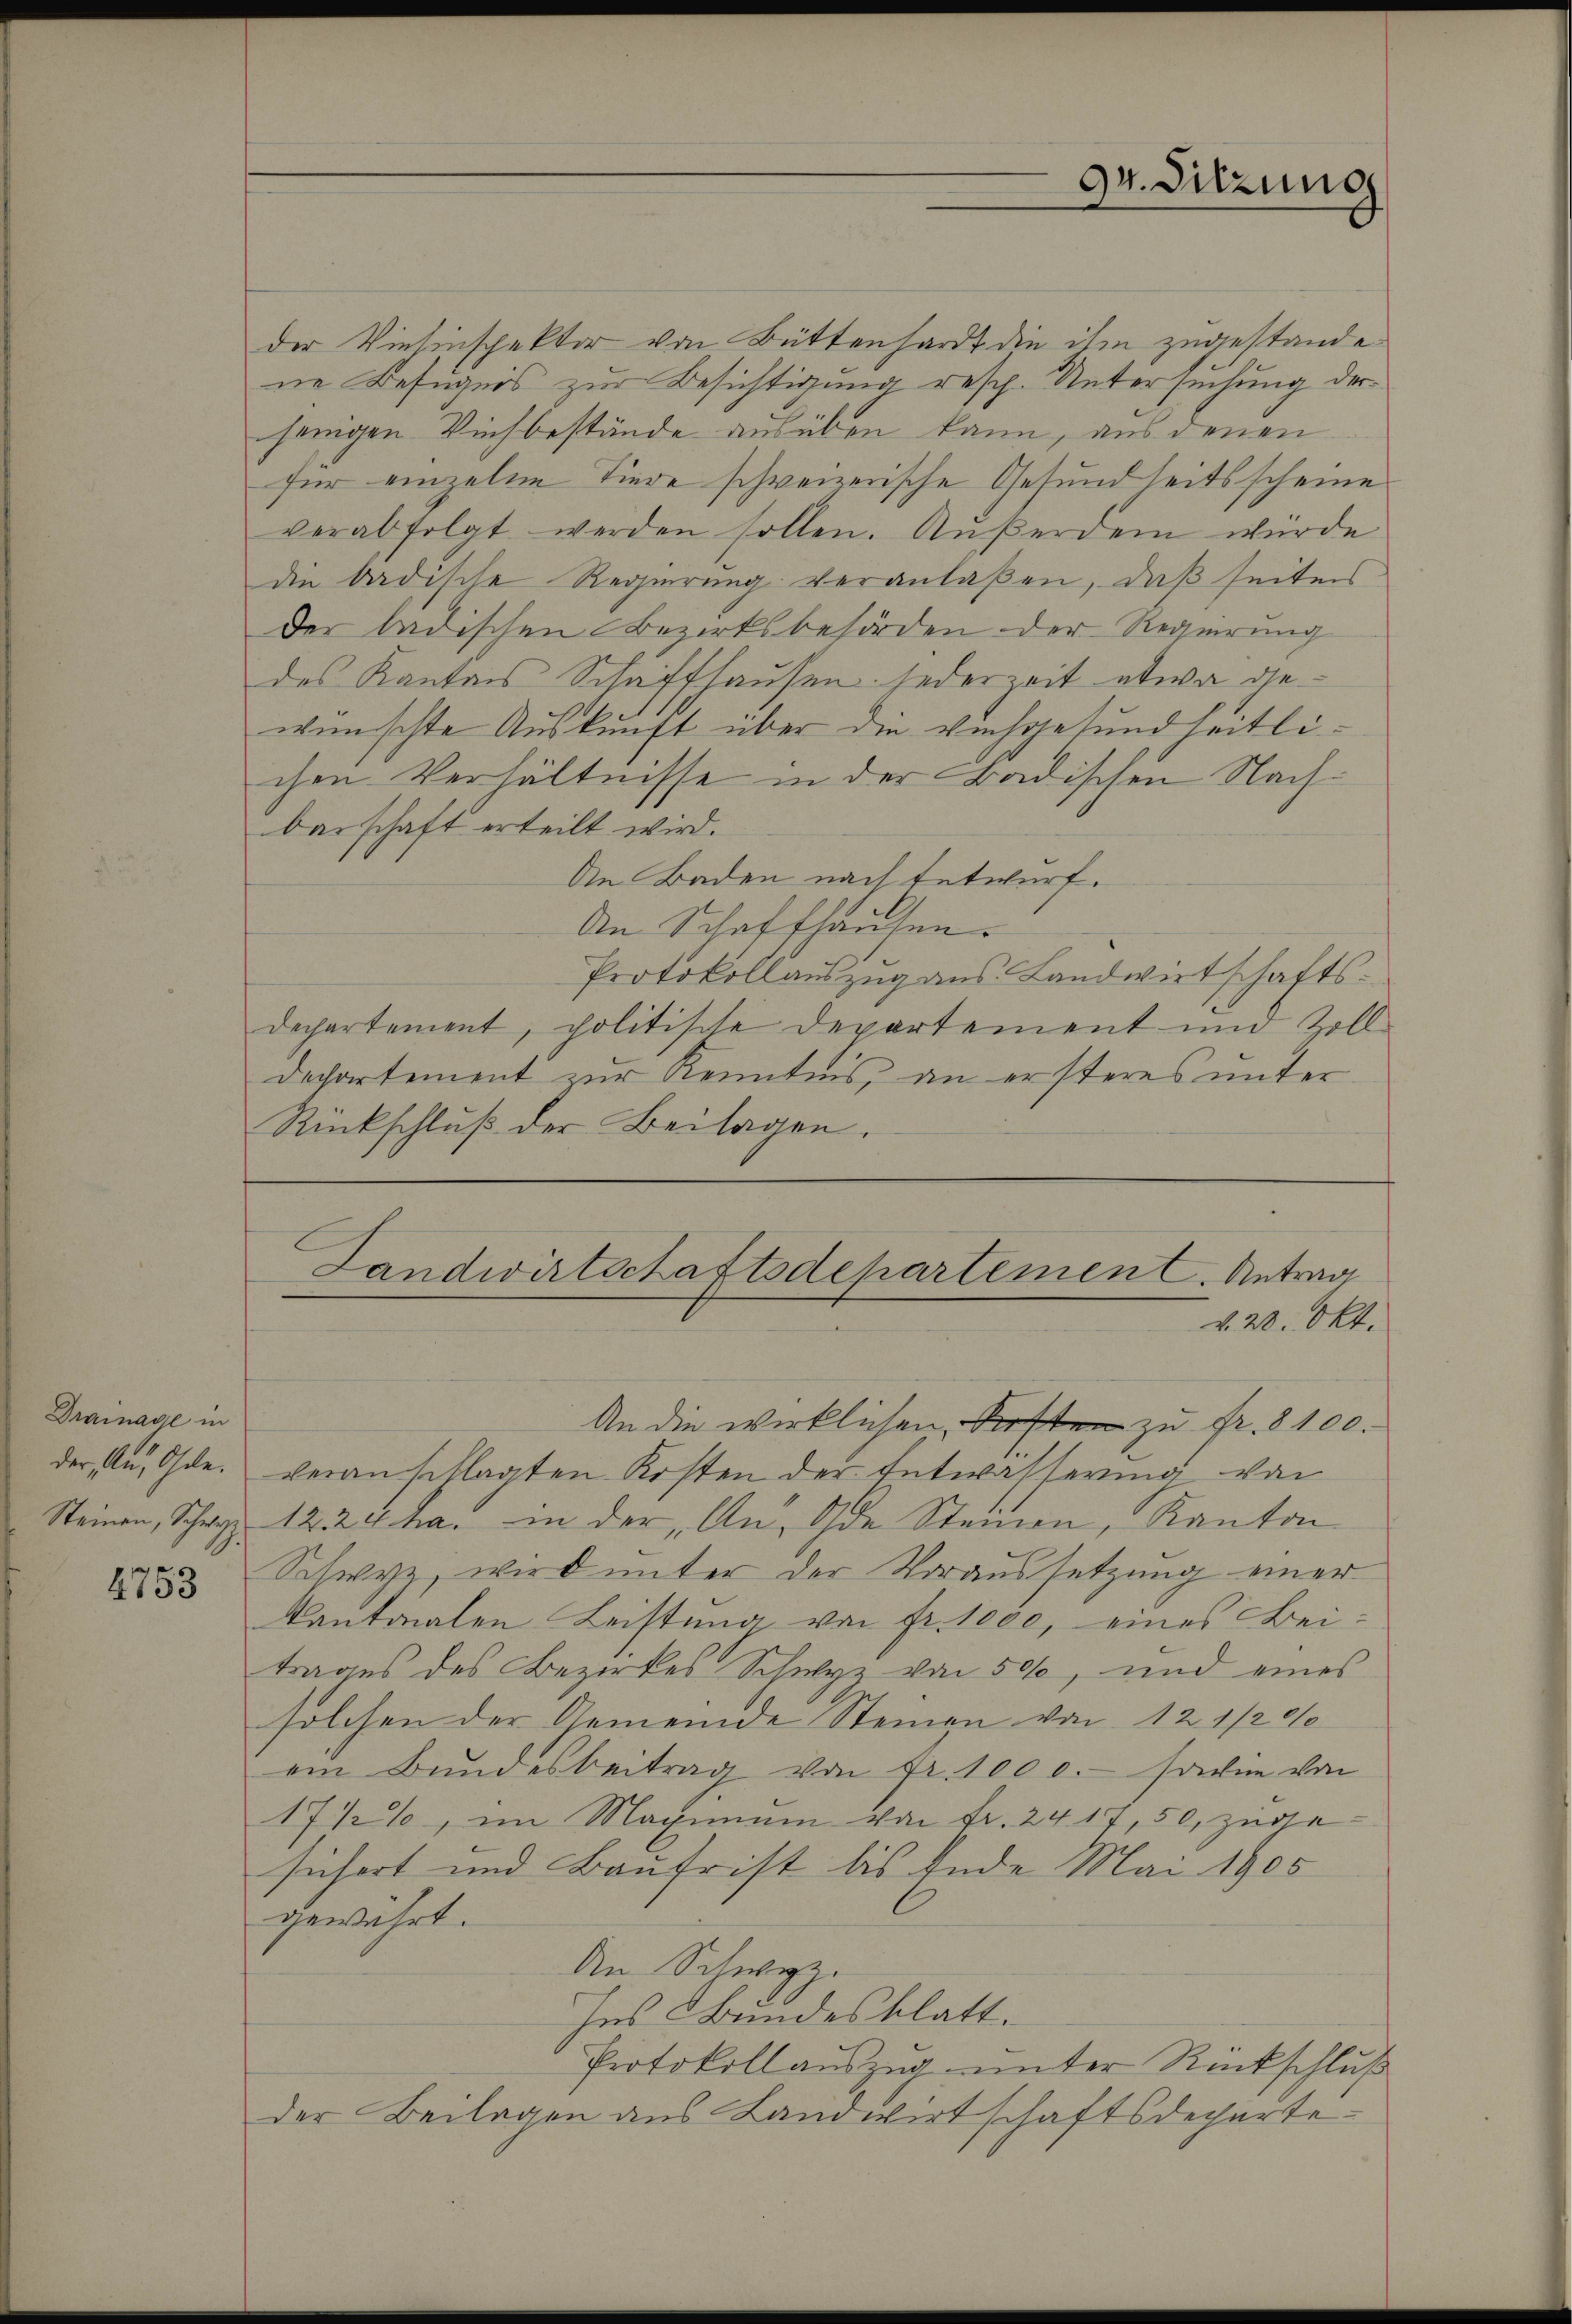
Drainage in
der, Au, Ohle.
Steinen, Schwyz

4753

der Viesinspektor von Büttenhardt die ihm zugestande
ne Befugnis zur Besichtigung resp. Untersuchung der
jenigen Viehbestände ausüben kann, aus denen
für einzelne Tiere schweizerische Gesund seitsscheine
verabfolgt werden sollen. Außerdem wurde
die badische Regierung veranlaßen, daß seitens
Der badischen Bezirksbehörden der Regierung
des Kantons Schaffhausen jederzeit etwa gewünschte Auskunft über die Vachgesundheitlichen Verhältnisse in der Badischen Nachbarschaft erteilt wird.
An Baden nach Entwurf.
An Schaffhausen.
Protokollaŭszŭg aŭs Landwirtschafts-
departement, politische Departement und Zoll-
Dechartement zur Kenntnis, an ersteres unter
Rückschluß der Beilagen.

An die wirklichen, dersten zu Fr. 8100.
veranschlagten Kosten der Entwässerung von
1224 ha. in der An- Ode Steinen, Kanton
Schwyz, wird unter der Voraussetzung einer
kantonalen Leistung von Fr. 1000, eines Beitrages des Bezirkes Schwyz von 500, und eines
solchen der Gemeinde Steinen von 12 1/2 0/0
ein Bundesbeitrag von Fr. 1000.- sowie von
17 ½%, im Maximum von Fr. 24. 17, 50, zuge
sichert und Baufrist bis Ende Mai 1905
gewährt.
An Schwyz.
Ins Bundesblatt.
Protokoll auszug unter Rückschluß
der Beilagen aus Landwirtschaftsdeparte¬

Landwirtschaftsdepartement. Antrag
k. 20. Okt.

94. Sitzung

f